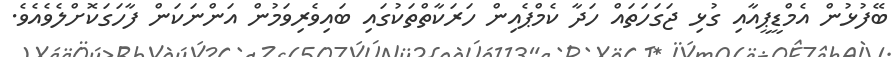
ބޭފުޅުން އެމްޑީޕީއާއި ގުޅި ޖަގަހަތައް ހަދާ ކެމްޕެއިން ހަރަކާތްތަކުގައި ބައިވެރިވަމުން އަންނަކަން ފާހަގަކޮށްލެވެއެވެ.